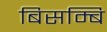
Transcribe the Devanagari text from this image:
बिसम्बि